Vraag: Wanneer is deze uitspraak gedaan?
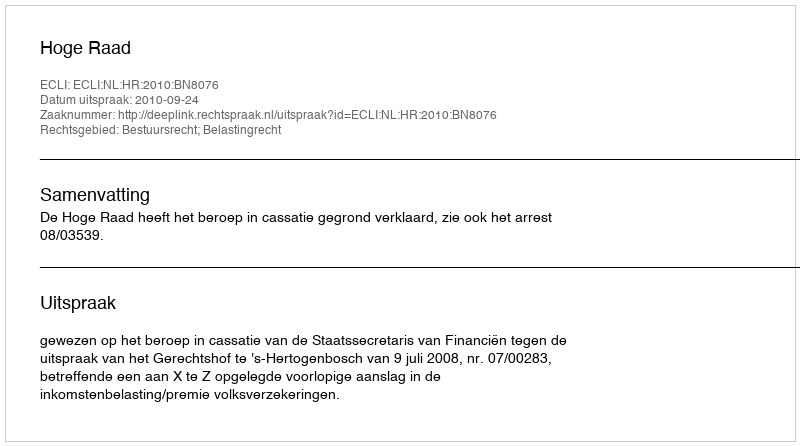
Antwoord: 2010-09-24